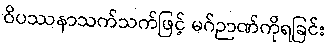
ဝိပဿနာသက်သက်ဖြင့် မဂ်ဉာဏ်ကိုရခြင်း